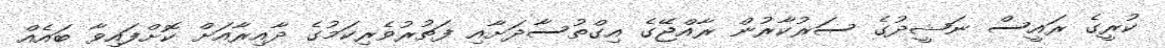
ކުރީގެ ރައީސް ނަޝީދުގެ ސަރުކާރުން ރާއްޖޭގެ އިގްތުސާދަށާއި ފަތުރުވެރިކަމުގެ ދާއިރާއަށް ކޮށްފައިވާ ބައެއް